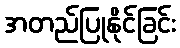
အတည်ပြုနိုင်ခြင်း